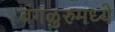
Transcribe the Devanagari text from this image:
बंगळुरुमध्ये